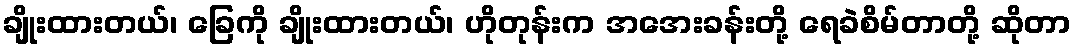
ချိုးထားတယ်၊ ခြေကို ချိုးထားတယ်၊ ဟိုတုန်းက အအေးခန်းတို့ ရေခဲစိမ်တာတို့ ဆိုတာ